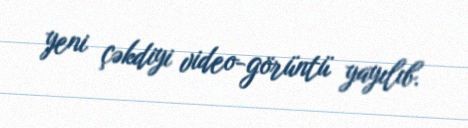
yeni çəkdiyi video-görüntü yayılıb.